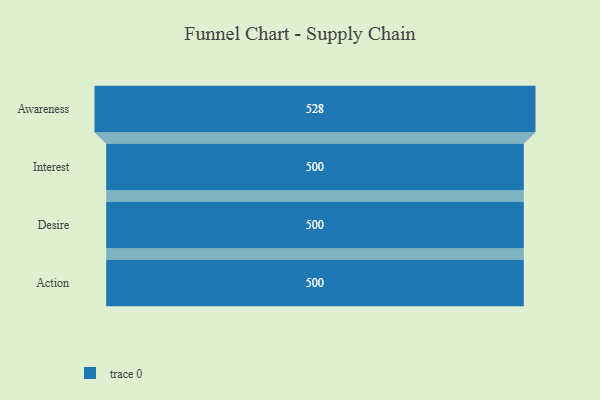
{"axis": {"x": "Stage", "y": "Value"}, "legend": [""], "data": [{"x": "Awareness", "y": 528.0, "type": ""}, {"x": "Interest", "y": 500, "type": ""}, {"x": "Desire", "y": 500, "type": ""}, {"x": "Action", "y": 500, "type": ""}]}